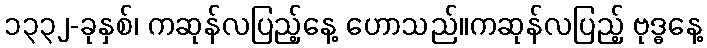
၁၃၃၂-ခုနှစ်၊ ကဆုန်လပြည့်နေ့ ဟောသည်။ကဆုန်လပြည့် ဗုဒ္ဓနေ့